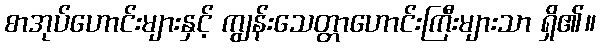
စာအုပ်ဟောင်းများနှင့် ကျွန်းသေတ္တာဟောင်းကြီးများသာ ရှိ၏။